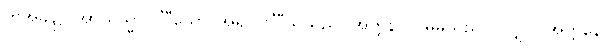
ထိုအခါ၌။ အာယသ္မာ ဝင်္ဂီသော၊ အရှင် ဝင်္ဂီသသည်။ အတ္တနာဝ၊ မိမိသည်ပင်လျှင်။ အတ္တနော၊